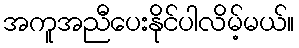
အကူအညီပေးနိုင်ပါလိမ့်မယ်။